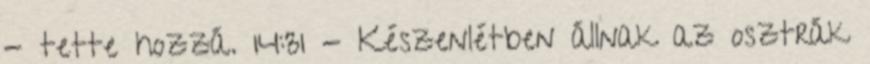
- tette hozzá. 14:31 - Készenlétben állnak az osztrák